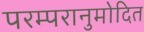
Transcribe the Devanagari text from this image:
परम्परानुमोदित